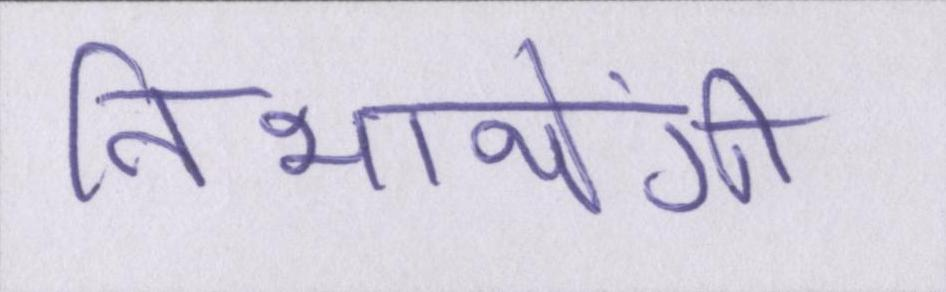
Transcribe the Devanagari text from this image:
निभायेंगी